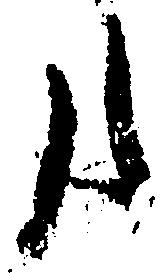
事